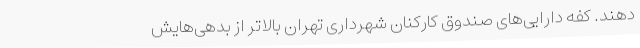
‌دهند. کفه دارایی‌های صندوق کارکنان شهرداری تهران بالاتر از بدهی‌هایش